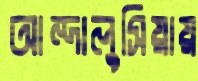
আন্দালুসিয়ায়